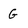
Character: G